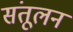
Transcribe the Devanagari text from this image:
संतूलन